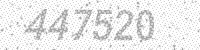
Solution: 447520